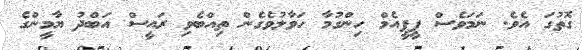
ގޮތުގަ އެވެ. ނަމަވެސް ޕީޕީއެމް ހިންގުމާ ހަވާލުވެގެން ތިއްބެވި ރައީސް އަބްދު ޔާމީންގެ